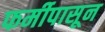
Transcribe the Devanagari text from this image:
फर्मीपासून